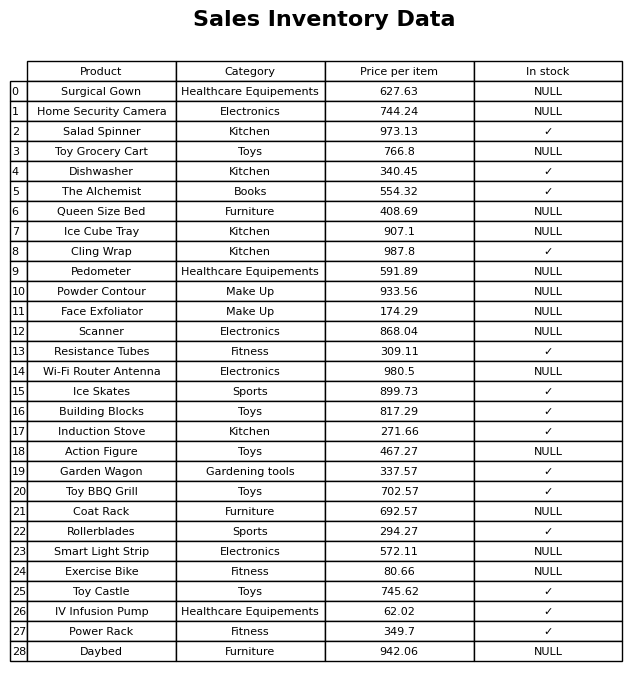
question: What is the price of the Induction Stove?
answer: The price of Induction Stove is 271.66.